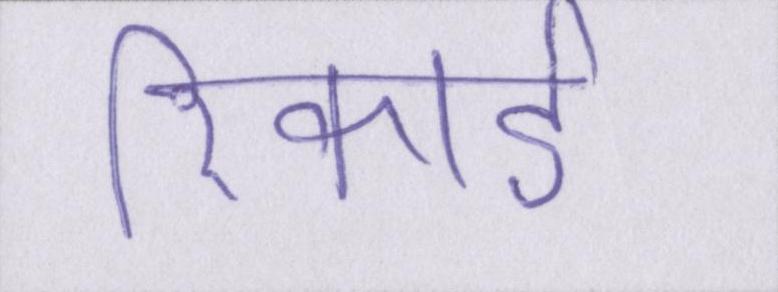
रिकार्ड